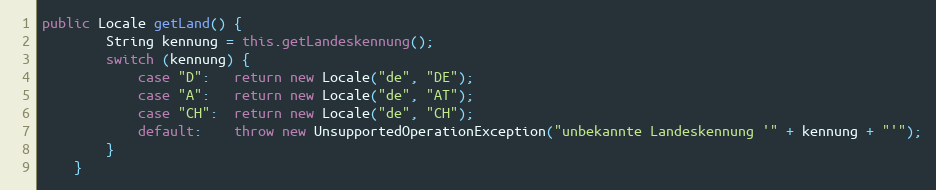
Language: Java
public Locale getLand() {
        String kennung = this.getLandeskennung();
        switch (kennung) {
            case "D":   return new Locale("de", "DE");
            case "A":   return new Locale("de", "AT");
            case "CH":  return new Locale("de", "CH");
            default:    throw new UnsupportedOperationException("unbekannte Landeskennung '" + kennung + "'");
        }
    }